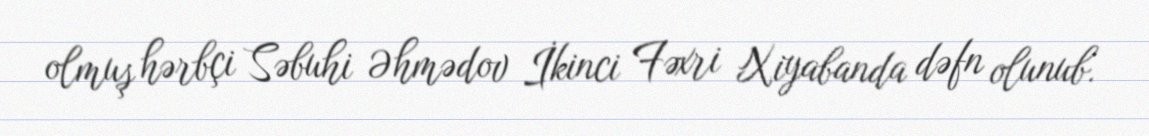
olmuş hərbçi Səbuhi Əhmədov İkinci Fəxri Xiyabanda dəfn olunub.